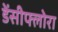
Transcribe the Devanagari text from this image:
डेंसीफ्लोरा